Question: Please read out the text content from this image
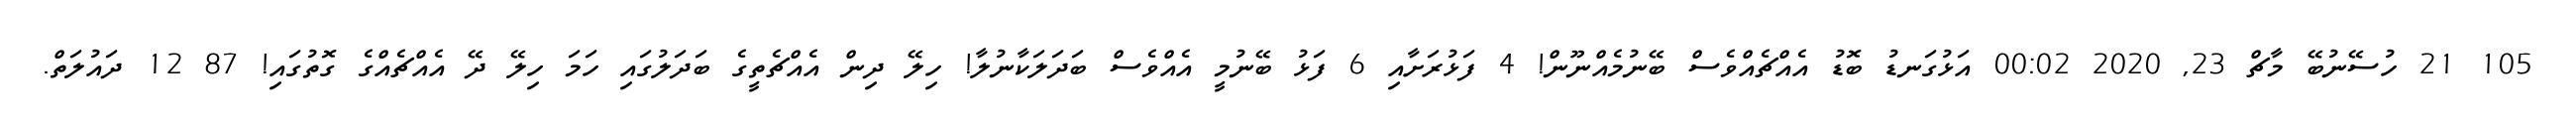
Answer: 105 21 ހުސޭނުބޭ މާޗް 23, 2020 00:02 އަޅުގަނޑު ބޮޑު އެއްޗެއްވެސް ބޭނުމެއްނޫން! 4 ފަޅުރަށާއި 6 ފަޅު ބޭނުމީ އެއްވެސް ބަދަލަކާނުލާ! ހިލޭ ދިން އެއްޗެތީގެ ބަދަލުގައި ހަމަ ހިލޭ ދޭ އެއްޗެއްގެ ގޮތުގައި! 87 12 ދައުލަތް.